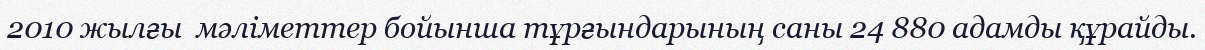
2010 жылғы  мәліметтер бойынша тұрғындарының саны 24 880 адамды құрайды.